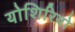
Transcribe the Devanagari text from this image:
योशिरियो